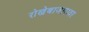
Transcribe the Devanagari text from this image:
रोखेबाजारावर